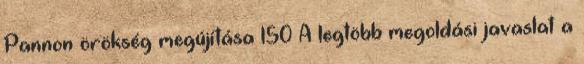
Pannon örökség megújítása 150 A legtöbb megoldási javaslat a